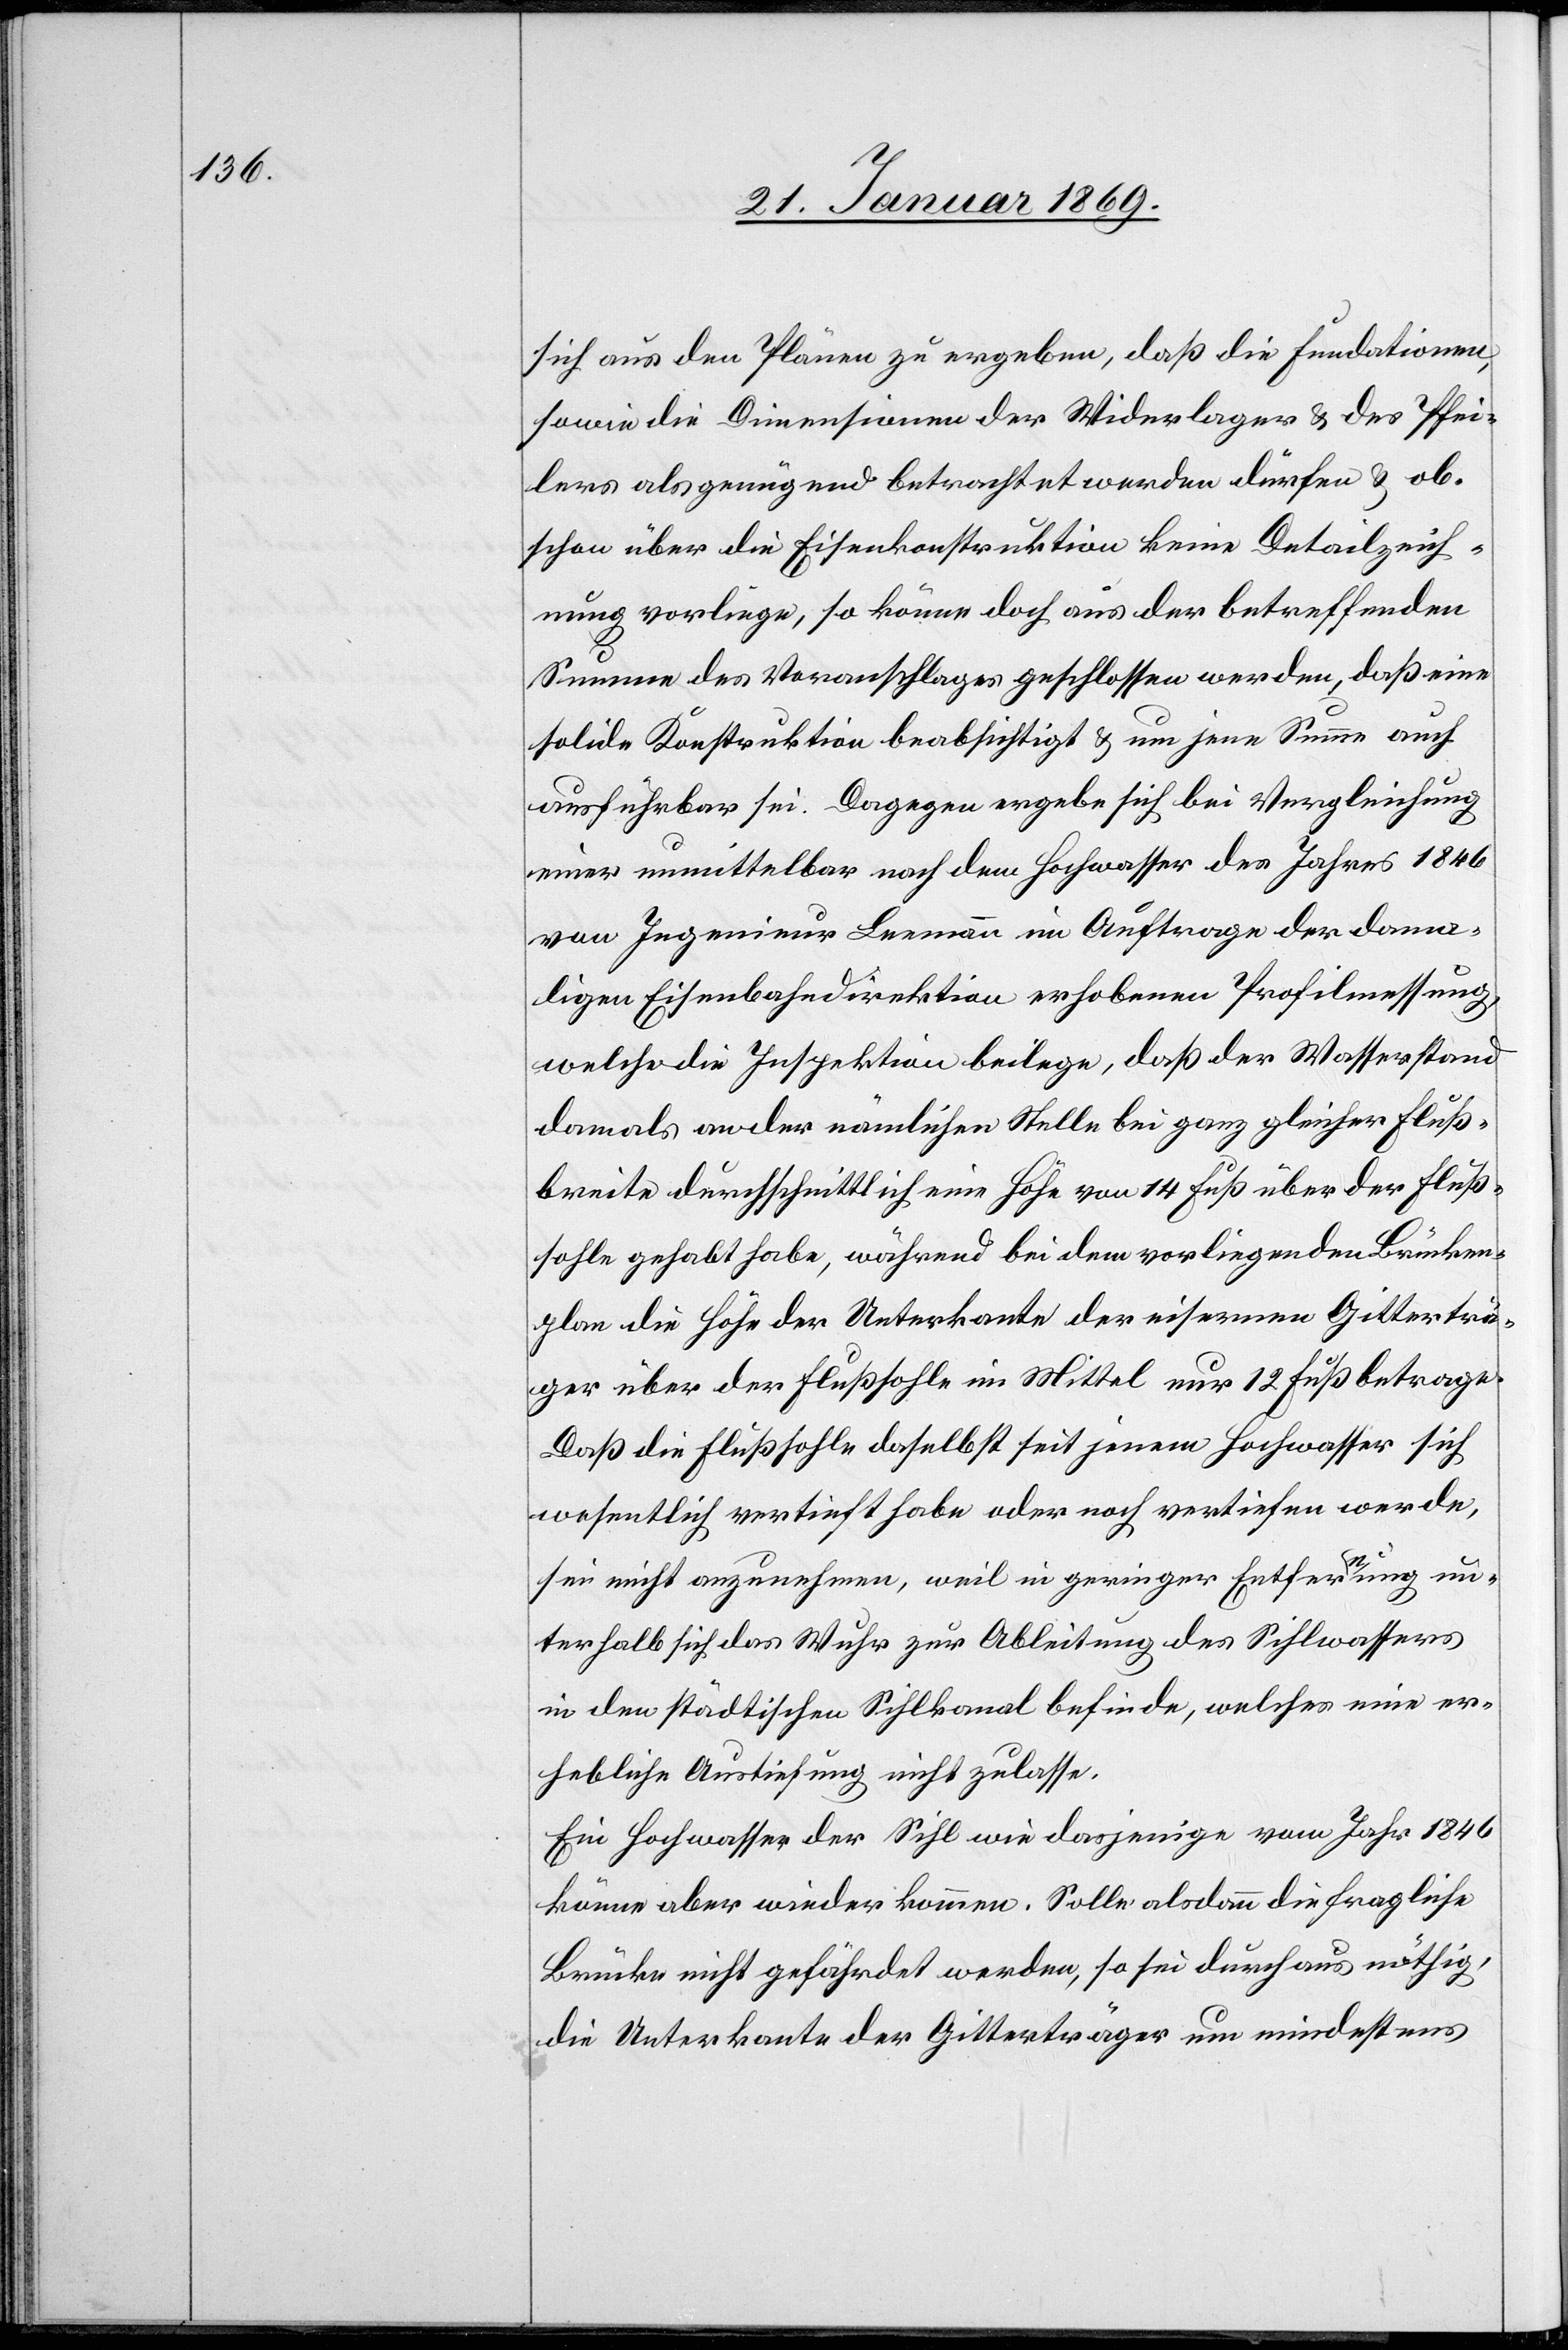
sich aus den Plänen zu ergeben, daß die Fundationen,
sowie die Dimensionen der Widerlager & des Pfei¬
lers als genügend betrachtet werden dürfen & ob¬
schon über die Eisenkonstruktion keine Detailzeich¬
nung vorliege, so könne doch aus der betreffenden
Summe des Voranschlages geschlossen werden, daß eine
solide Konstruktion beabsichtigt & um jene Summe auch
ausführbar sei. Dagegen ergebe sich bei Vergleichung
einer unmittelbar nach dem Hochwasser des Jahres 1846
von Ingenieur Leemann im Auftrage der dama¬
ligen Eisenbahnkonstruktion erhobenen Profilmessung,
welche die Inspektion beilege, daß der Wasserstand
damals an der nämlichen Stelle bei ganz gleicher Fluß¬
breite durchschnittlich eine Höhe von 14 Fuß über der Fluß¬
sohle gehabt habe, während bei dem vorliegenden Brücken¬
plan die Höhe der Unterkante der eisernen Gitterträ¬
ger über der Flußsohle im Mittel nur 12 Fuß betrage.
Daß die Flußsohle daselbst seit jenem Hochwasser sich
wesentlich vertieft habe oder noch vertiefen werde,
sei nicht anzunehmen, weil in geringer Entfernung un¬
terhalb sich das Wuhr zur Ableitung des Sihlwassers
in den städtischen Sihlkanal befinde, welches eine er¬
hebliche Austiefung nicht zulasse.
Ein Hochwasser der Sihl wie dasjenige vom Jahr 1846
könne aber wieder kommen. Solle alsdann die fragliche
Brücke nicht gefährdet werden, so sei durchaus nöthig,
die Unterkante der Gitterträger um mindestens